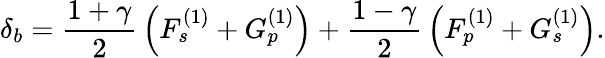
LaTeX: \delta_{b}={\frac{1+\gamma}{2}}\left(F_{s}^{(1)}+G_{p}^{(1)}\right)+{\frac{1-\gamma}{2}}\left(F_{p}^{(1)}+G_{s}^{(1)}\right).